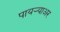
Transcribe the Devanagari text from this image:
पायर्‍याअर